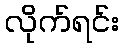
လိုက်ရင်း